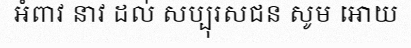
អំពាវ នាវ ដល់ សប្បុរសជន សូម អោយ